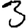
Digit: 3